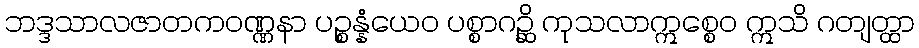
ဘဒ္ဒသာလဇာတကဝဏ္ဏနာ ပဉ္စန္နံယေဝ ပစ္စာဂဉ္ဆိ ကုသလာဣစ္စေဝ ဣသိ ဂတျတ္ထာ